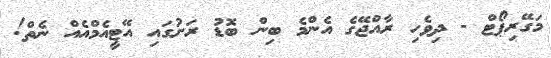
މަގޭރިޕޯޓް - ދިވެހި ރާއްޖޭގެ އެންމެ ބިން ބޮޑު ރަށުގަައި އޭޓީއެމްއެއް ނެތް!